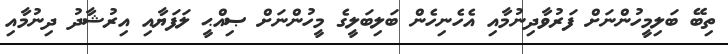
ތިބޭ ބަލިމީހުންނަށް ފަރުވާދިނުމާއި އެހެނިހެން ބަލިބަލީގެ މީހުންނަށް ޞިއްޙީ ލަފަޔާއި އިރުޝާދު ދިނުމާއި